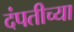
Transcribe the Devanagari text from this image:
दंपतीच्या